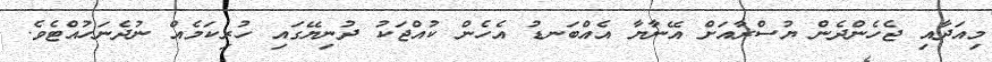
މިއަދާއި ޖެހެންދެން ޔުސްރާއަށް އޭނާޔާ އެއްބަނޑު އެހެން ކުއްޖަކު ދުނިޔޭގައި ހުރިކަމެއް ނުދެނަހުއްޓެވެ.